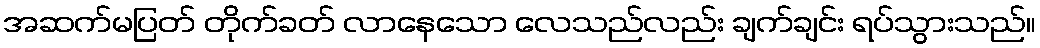
အဆက်မပြတ် တိုက်ခတ် လာနေသော လေသည်လည်း ချက်ချင်း ရပ်သွားသည်။